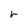
Character: r